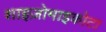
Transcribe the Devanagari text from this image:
शाइज़ोमाइकोटा